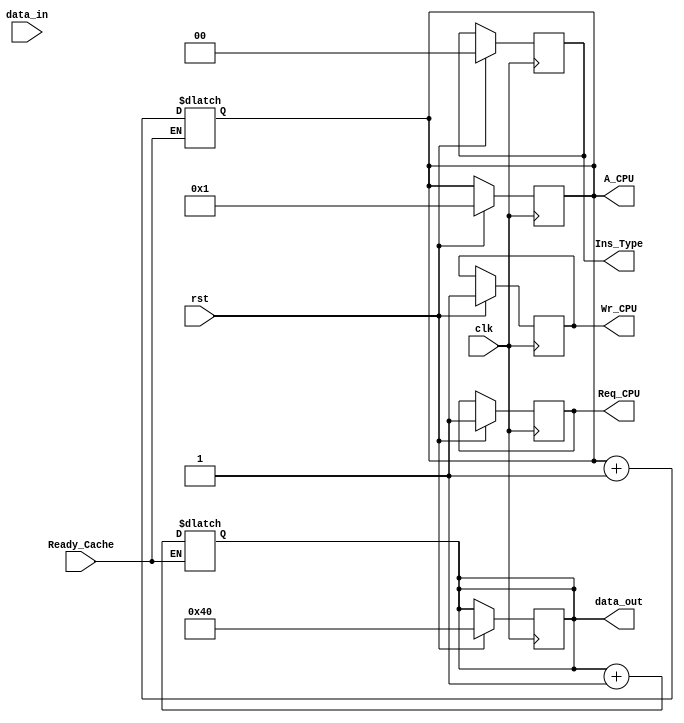
`timescale 1ns / 1ps
//////////////////////////////////////////////////////////////////////////////////
// Company: 
// Engineer: 
// 
// Design Name: 
// Module Name: CPU
// Project Name: 
// Target Devices: 
// Tool Versions: 
// Description: 
// 
// Dependencies: 
// 
// Revision:
// Revision 0.01 - File Created
// Additional Comments:
// 
//////////////////////////////////////////////////////////////////////////////////


module CPU(clk,rst,
            Ready_Cache,			
			data_in,				
            Req_CPU,            
			Wr_CPU,				
			A_CPU,				
			data_out,
			Ins_Type			
          );
          input									clk;
          input                                 rst;
          //input from CPU
          input                                 Ready_Cache;
          input    [31:0]                       data_in;
          output                                Req_CPU;
          output                                Wr_CPU;
          output    [31:0]                      A_CPU;
          output    [31:0]                      data_out;
          output    [1:0]                       Ins_Type;
          
         reg                                Req_CPU;
         reg                                Wr_CPU;
          reg    [31:0]                      A_CPU;
          reg    [31:0]                      data_out;
         reg    [1:0]                       Ins_Type;
          
              
          always@ (posedge clk) begin
            if(rst) begin
                Req_CPU = 1;
                Wr_CPU = 1;
                A_CPU = 1;
                data_out = 64;
                Ins_Type = 0;
           end
         end 
         
         always @(clk) begin
           if(Ready_Cache == 1) begin
                A_CPU = A_CPU + 1;
                data_out = data_out + 1;
           end
        end //end always
            
endmodule